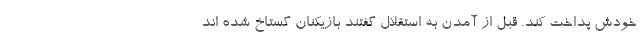
خودش پداخت کند. قبل از آمدن به استقلال گفتند بازیکنان گستاخ شده اند